Scottish Certificate of Education, 1962
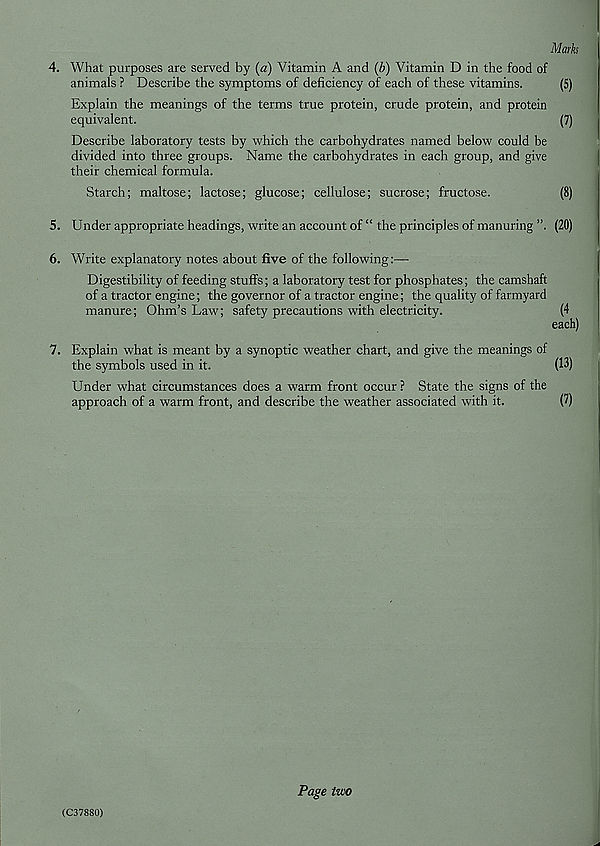
Marks
4. What purposes are served by (a) Vitamin A and (b) Vitamin D in the food of
animals ? Describe the symptoms of deficiency of each of these vitamins.
(5)
Explain the meanings of the terms true protein, crude protein, and protein
equivalent.
(7)
Describe laboratory tests by which the carbohydrates named below could be
divided into three groups. Name the carbohydrates in each group, and give
their chemical formula.
Starch; maltose; lactose; glucose; cellulose; sucrose; fructose.
(8)
5. Under appropriate headings, write an account of “ the principles of manuring ”. (20)
6. Write explanatory notes about five of the following:—
Digestibility of feeding stuffs; a laboratory test for phosphates; the camshaft
of a tractor engine; the governor of a tractor engine; the quality of farmyard
manure; Ohm’s Law; safety precautions with electricity.
(4
each)
7. Explain what is meant by a synoptic weather chart, and give the meanings of
the symbols used in it.
(13)
Under what circumstances does a warm front occur ? State the signs of the
approach of a warm front, and describe the weather associated with it.
(7)
(C37880)
Page two